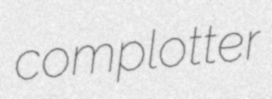
complotter